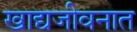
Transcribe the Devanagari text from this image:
खाद्यजीवनात